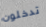
تدخلون